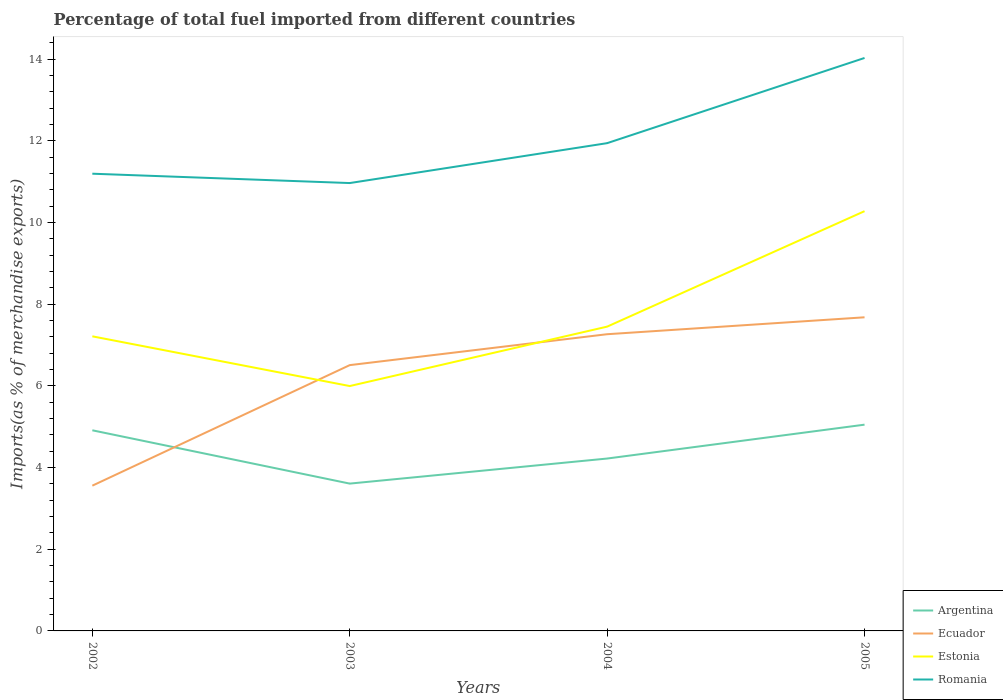
| Years | Argentina | Ecuador | Estonia | Romania |
 | --- | --- | --- | --- | --- |
 | 2002 | 4.91 | 3.56 | 7.22 | 11.2 |
 | 2003 | 3.61 | 6.51 | 6 | 11 |
 | 2004 | 4.22 | 7.27 | 7.45 | 11.9 |
 | 2005 | 5.05 | 7.68 | 10.3 | 14 |